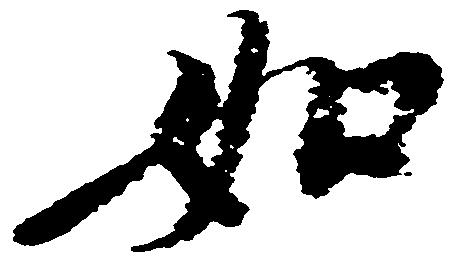
如